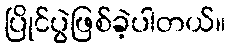
ပြိုင်ပွဲဖြစ်ခဲ့ပါတယ်။